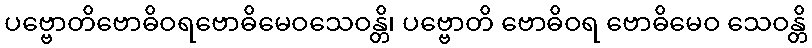
ပဗ္ဗောတိဗောဓိဝရဗောဓိမေဝသေဝန္တိ၊ ပဗ္ဗောတိ ဗောဓိဝရ ဗောဓိမေဝ သေဝန္တိ